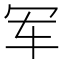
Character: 军